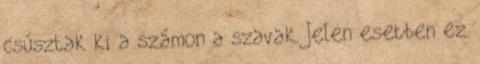
csúsztak ki a számon a szavak. Jelen esetben ez